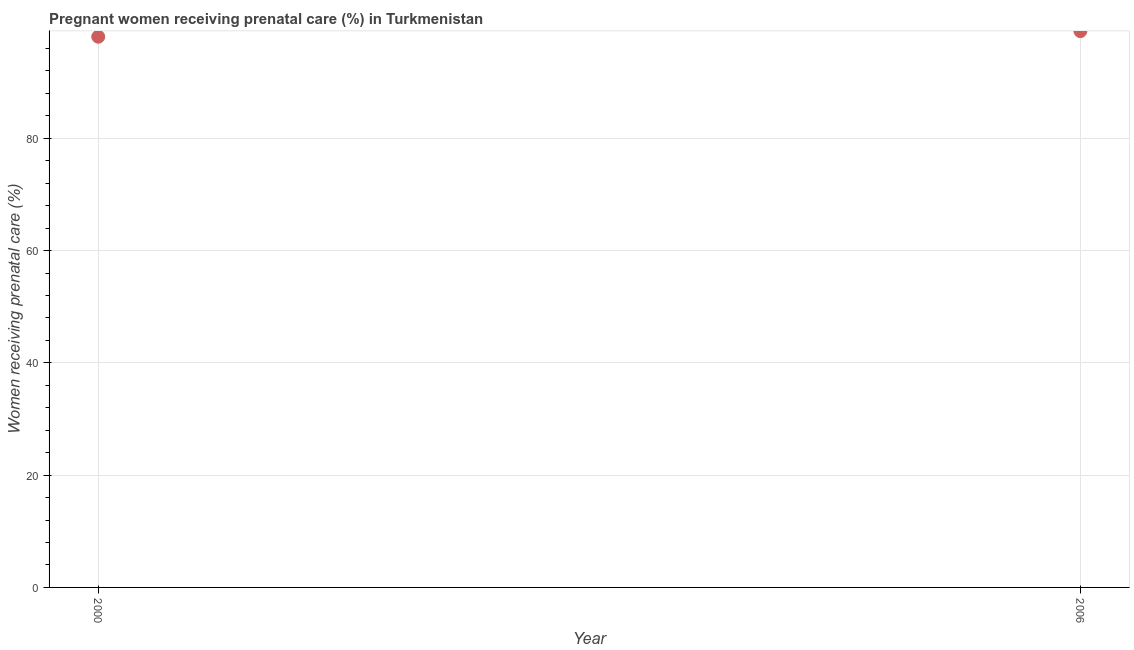
| Year | Pregnant women receiving prenatal care |
 | --- | --- |
 | 2000 | 98.1 |
 | 2006 | 99.1 |